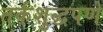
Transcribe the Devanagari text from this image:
तर्कशुद्धपणे